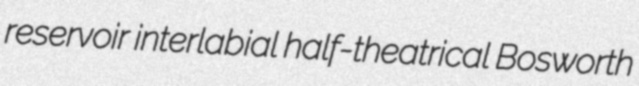
reservoir interlabial half-theatrical Bosworth